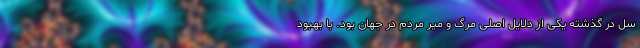
سل در گذشته یکی از دلایل اصلی مرگ و میر مردم در جهان بود. با بهبود